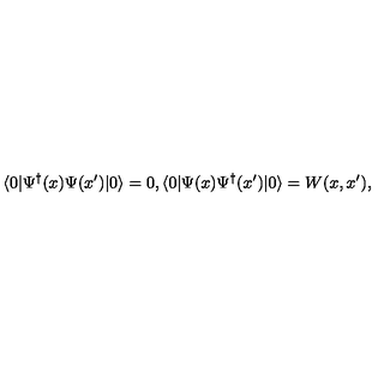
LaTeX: \langle 0 | \Psi ^ { \dagger } ( x ) \Psi ( x ^ { \prime } ) | 0 \rangle = 0 , \langle 0 | \Psi ( x ) \Psi ^ { \dagger } ( x ^ { \prime } ) | 0 \rangle = W ( x , x ^ { \prime } ) ,